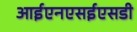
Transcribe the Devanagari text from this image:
आईएनएसईएसडी